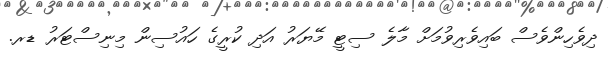
ދިވެހިންވެސް ބައިވެރިވުމަށް މާލެ ސިޓީ މޭޔަރު އަދި ކުރީގެ ހައުސިން މިނިސްޓަރު ޑރ.